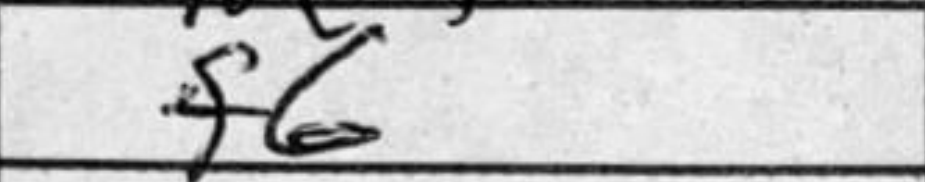
Transcription: f6